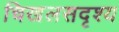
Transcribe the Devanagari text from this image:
चिखलसदृश्य